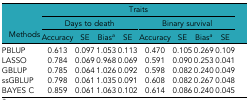
<table><thead><tr><td rowspan="3"><b>Methods</b></td><td colspan="8"><b>Traits</b></td></tr><tr><td colspan="4"><b>Days to death</b></td><td colspan="4"><b>Binary survival</b></td></tr><tr><td><b>Accuracy</b></td><td><b>SE</b></td><td><b>Bias<i><sup>a</sup></i></b></td><td><b>SE</b></td><td><b>Accuracy</b></td><td><b>SE</b></td><td><b>Bias<i><sup>a</sup></i></b></td><td><b>SE</b></td></tr></thead><tbody><tr><td>PBLUP</td><td>0.613</td><td>0.097</td><td>1.053</td><td>0.113</td><td>0.470</td><td>0.105</td><td>0.269</td><td>0.109</td></tr><tr><td>LASSO</td><td>0.784</td><td>0.069</td><td>0.968</td><td>0.069</td><td>0.591</td><td>0.090</td><td>0.253</td><td>0.041</td></tr><tr><td>GBLUP</td><td>0.785</td><td>0.064</td><td>1.026</td><td>0.092</td><td>0.598</td><td>0.082</td><td>0.240</td><td>0.049</td></tr><tr><td>ssGBLUP</td><td>0.798</td><td>0.061</td><td>1.035</td><td>0.091</td><td>0.608</td><td>0.082</td><td>0.267</td><td>0.048</td></tr><tr><td>BAYES C</td><td>0.859</td><td>0.061</td><td>1.063</td><td>0.102</td><td>0.614</td><td>0.086</td><td>0.240</td><td>0.045</td></tr></tbody></table>